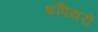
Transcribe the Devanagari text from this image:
शपियरों